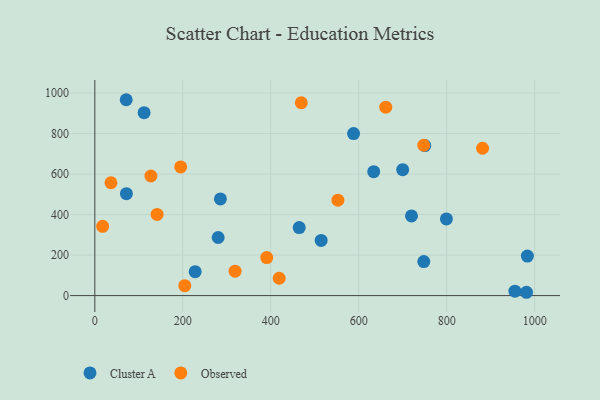
{"axis": {"x": "Speed", "y": "Sales"}, "legend": ["Cluster A", "Observed"], "data": [{"x": "588.3", "y": 799.9, "type": "Cluster A"}, {"x": "285.5", "y": 477.4, "type": "Cluster A"}, {"x": "228.1", "y": 118.1, "type": "Cluster A"}, {"x": "720.0", "y": 393.3, "type": "Cluster A"}, {"x": "71.8", "y": 503.0, "type": "Cluster A"}, {"x": "514.6", "y": 272.3, "type": "Cluster A"}, {"x": "464.7", "y": 335.9, "type": "Cluster A"}, {"x": "981.5", "y": 16.4, "type": "Cluster A"}, {"x": "280.4", "y": 286.9, "type": "Cluster A"}, {"x": "71.3", "y": 967.1, "type": "Cluster A"}, {"x": "750.2", "y": 740.7, "type": "Cluster A"}, {"x": "799.4", "y": 378.8, "type": "Cluster A"}, {"x": "748.0", "y": 168.2, "type": "Cluster A"}, {"x": "983.5", "y": 195.2, "type": "Cluster A"}, {"x": "634.1", "y": 612.0, "type": "Cluster A"}, {"x": "700.0", "y": 621.6, "type": "Cluster A"}, {"x": "112.0", "y": 903.1, "type": "Cluster A"}, {"x": "955.2", "y": 21.7, "type": "Cluster A"}, {"x": "318.9", "y": 120.5, "type": "Observed"}, {"x": "141.6", "y": 400.8, "type": "Observed"}, {"x": "17.7", "y": 342.2, "type": "Observed"}, {"x": "552.7", "y": 471.2, "type": "Observed"}, {"x": "747.9", "y": 742.4, "type": "Observed"}, {"x": "127.5", "y": 590.6, "type": "Observed"}, {"x": "419.2", "y": 85.6, "type": "Observed"}, {"x": "204.5", "y": 48.8, "type": "Observed"}, {"x": "881.6", "y": 727.5, "type": "Observed"}, {"x": "469.4", "y": 952.2, "type": "Observed"}, {"x": "390.9", "y": 187.5, "type": "Observed"}, {"x": "661.5", "y": 930.5, "type": "Observed"}, {"x": "195.2", "y": 635.5, "type": "Observed"}, {"x": "36.7", "y": 557.2, "type": "Observed"}]}